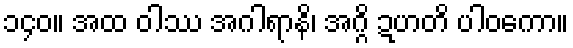
၁၄၀။ အထ ဝါဿ အဂါရာနိ၊ အဂ္ဂိ ဍဟတိ ပါဝကော။